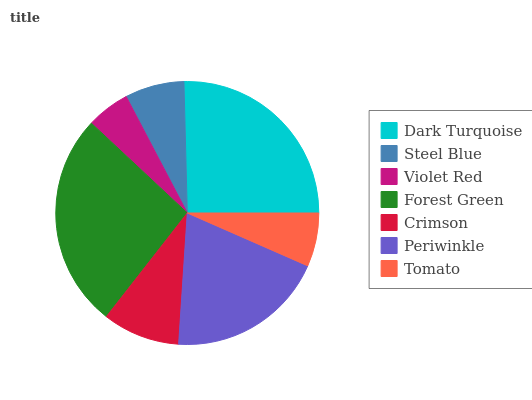
| Dark Turquoise | Steel Blue | Violet Red | Forest Green | Crimson | Periwinkle | Tomato |
 | --- | --- | --- | --- | --- | --- | --- |
 | 25.5% | 7.29% | 5.33% | 26.4% | 9.5% | 19.4% | 6.57% |